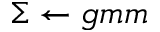
\Sigma \leftarrow g m m